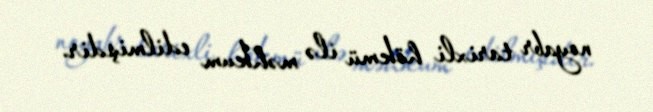
noyabr tarixli hökmü ilə məhkum edilmişdir.